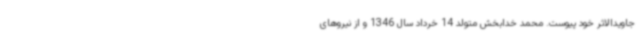
جاویدالاثر خود پیوست. محمد خدابخش متولد 14 خرداد سال 1346 و از نیروهای